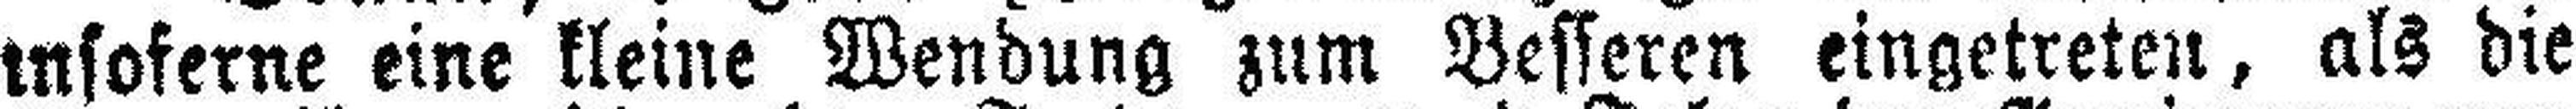
insoferne eine kleine Wendung zum Besseren eingetreten, als die